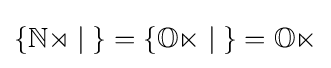
{\textstyle \{\mathbb {No} \mid {}\}=\{\mathbb {On} \mid {}\}=\mathbb {On} }